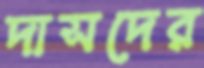
দাসদের